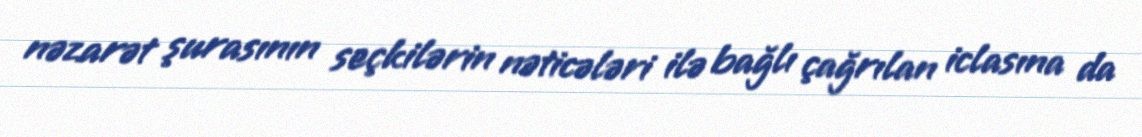
nəzarət şurasının seçkilərin nəticələri ilə bağlı çağrılan iclasına da